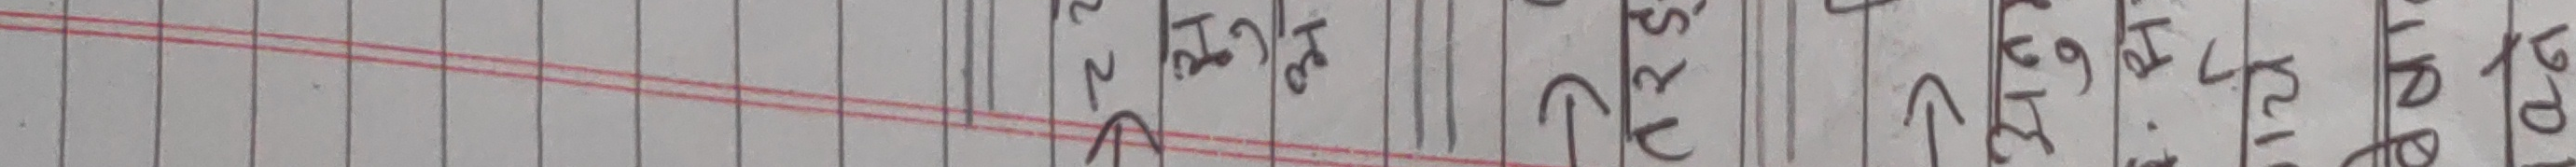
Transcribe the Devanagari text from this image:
२घमखर२प१खगढसर६९२प१५१२१०३गढ४२६९२६१५२३